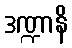
ဒဏ္ဍာနိ